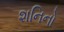
શનિનો